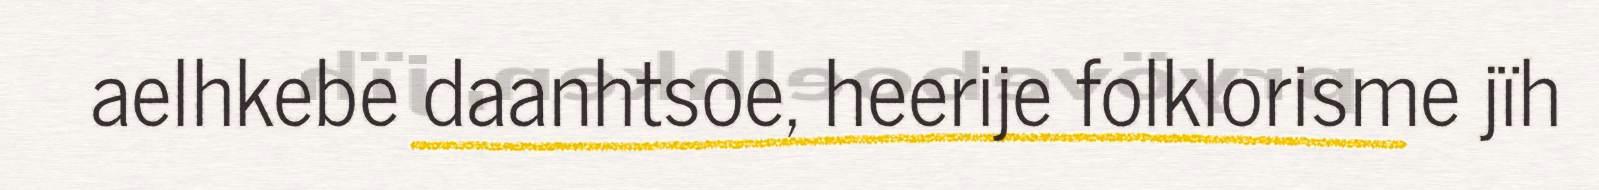
aelhkebe daanhtsoe, heerije folklorisme jïh